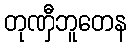
တုဏှီဘူတေန